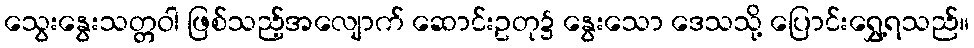
သွေးနွေးသတ္တဝါ ဖြစ်သည့်အလျောက် ဆောင်းဥတု၌ နွေးသော ဒေသသို့ ပြောင်းရွှေ့ရသည်။